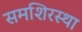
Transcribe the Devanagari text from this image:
समशिरस्था